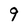
Character: 9